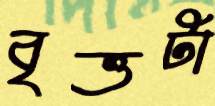
বৃত্তটা